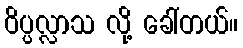
ဝိပ္ပလ္လာသ လို့ ခေါ်တယ်။